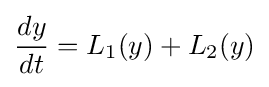
{\frac {d{y}}{dt}}=L_{1}({y})+L_{2}({y})